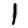
Digit: 1